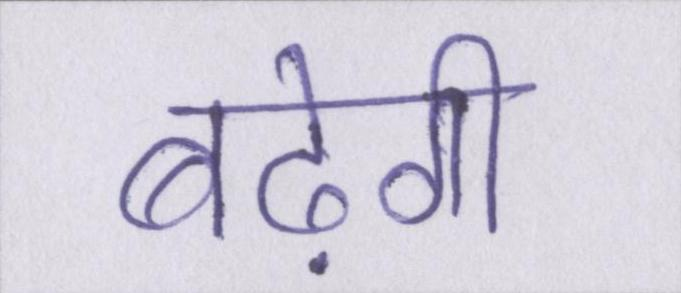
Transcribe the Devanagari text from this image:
बढ़ेगी